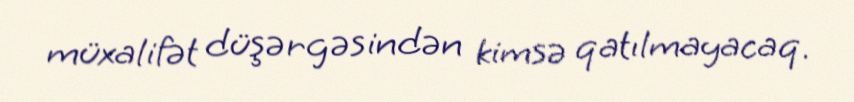
müxalifət düşərgəsindən kimsə qatılmayacaq.